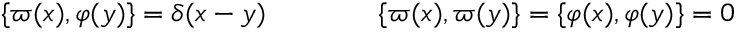
\{ \varpi ( x ) , \varphi ( y ) \} = \delta ( x - y ) \qquad \qquad \{ \varpi ( x ) , \varpi ( y ) \} = \{ \varphi ( x ) , \varphi ( y ) \} = 0